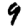
Digit: 9